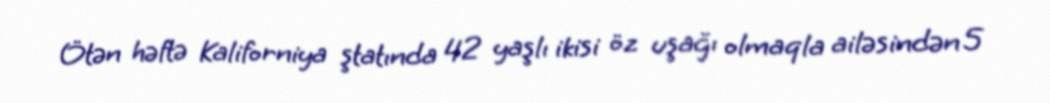
Ötən həftə Kaliforniya ştatında 42 yaşlı ikisi öz uşağı olmaqla ailəsindən 5